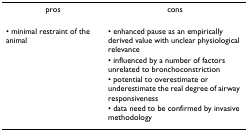
<table><thead><tr><td><b>pros</b></td><td><b>cons</b></td></tr></thead><tbody><tr><td>• minimal restraint of the animal</td><td>• enhanced pause as an empirically derived value with unclear physiological relevance</td></tr><tr><td></td><td>• influenced by a number of factors unrelated to bronchoconstriction</td></tr><tr><td></td><td>• potential to overestimate or underestimate the real degree of airway responsiveness</td></tr><tr><td></td><td>• data need to be confirmed by invasive methodology</td></tr></tbody></table>